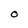
Character: O